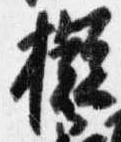
擬